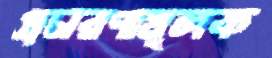
প্রচারণামূলক